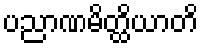
ပညာဏမိတ္ထိယာတိ